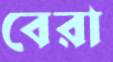
বেরা